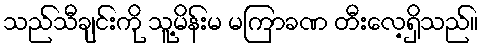
သည်သီချင်းကို သူ့မိန်းမ မကြာခဏ တီးလေ့ရှိသည်။